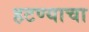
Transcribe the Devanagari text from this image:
हटण्याचा